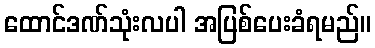
ထောင်ဒဏ်သုံးလပါ အပြစ်ပေးခံရမည်။